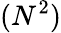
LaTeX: (N^{2})